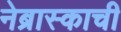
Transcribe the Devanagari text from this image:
नेब्रास्काची